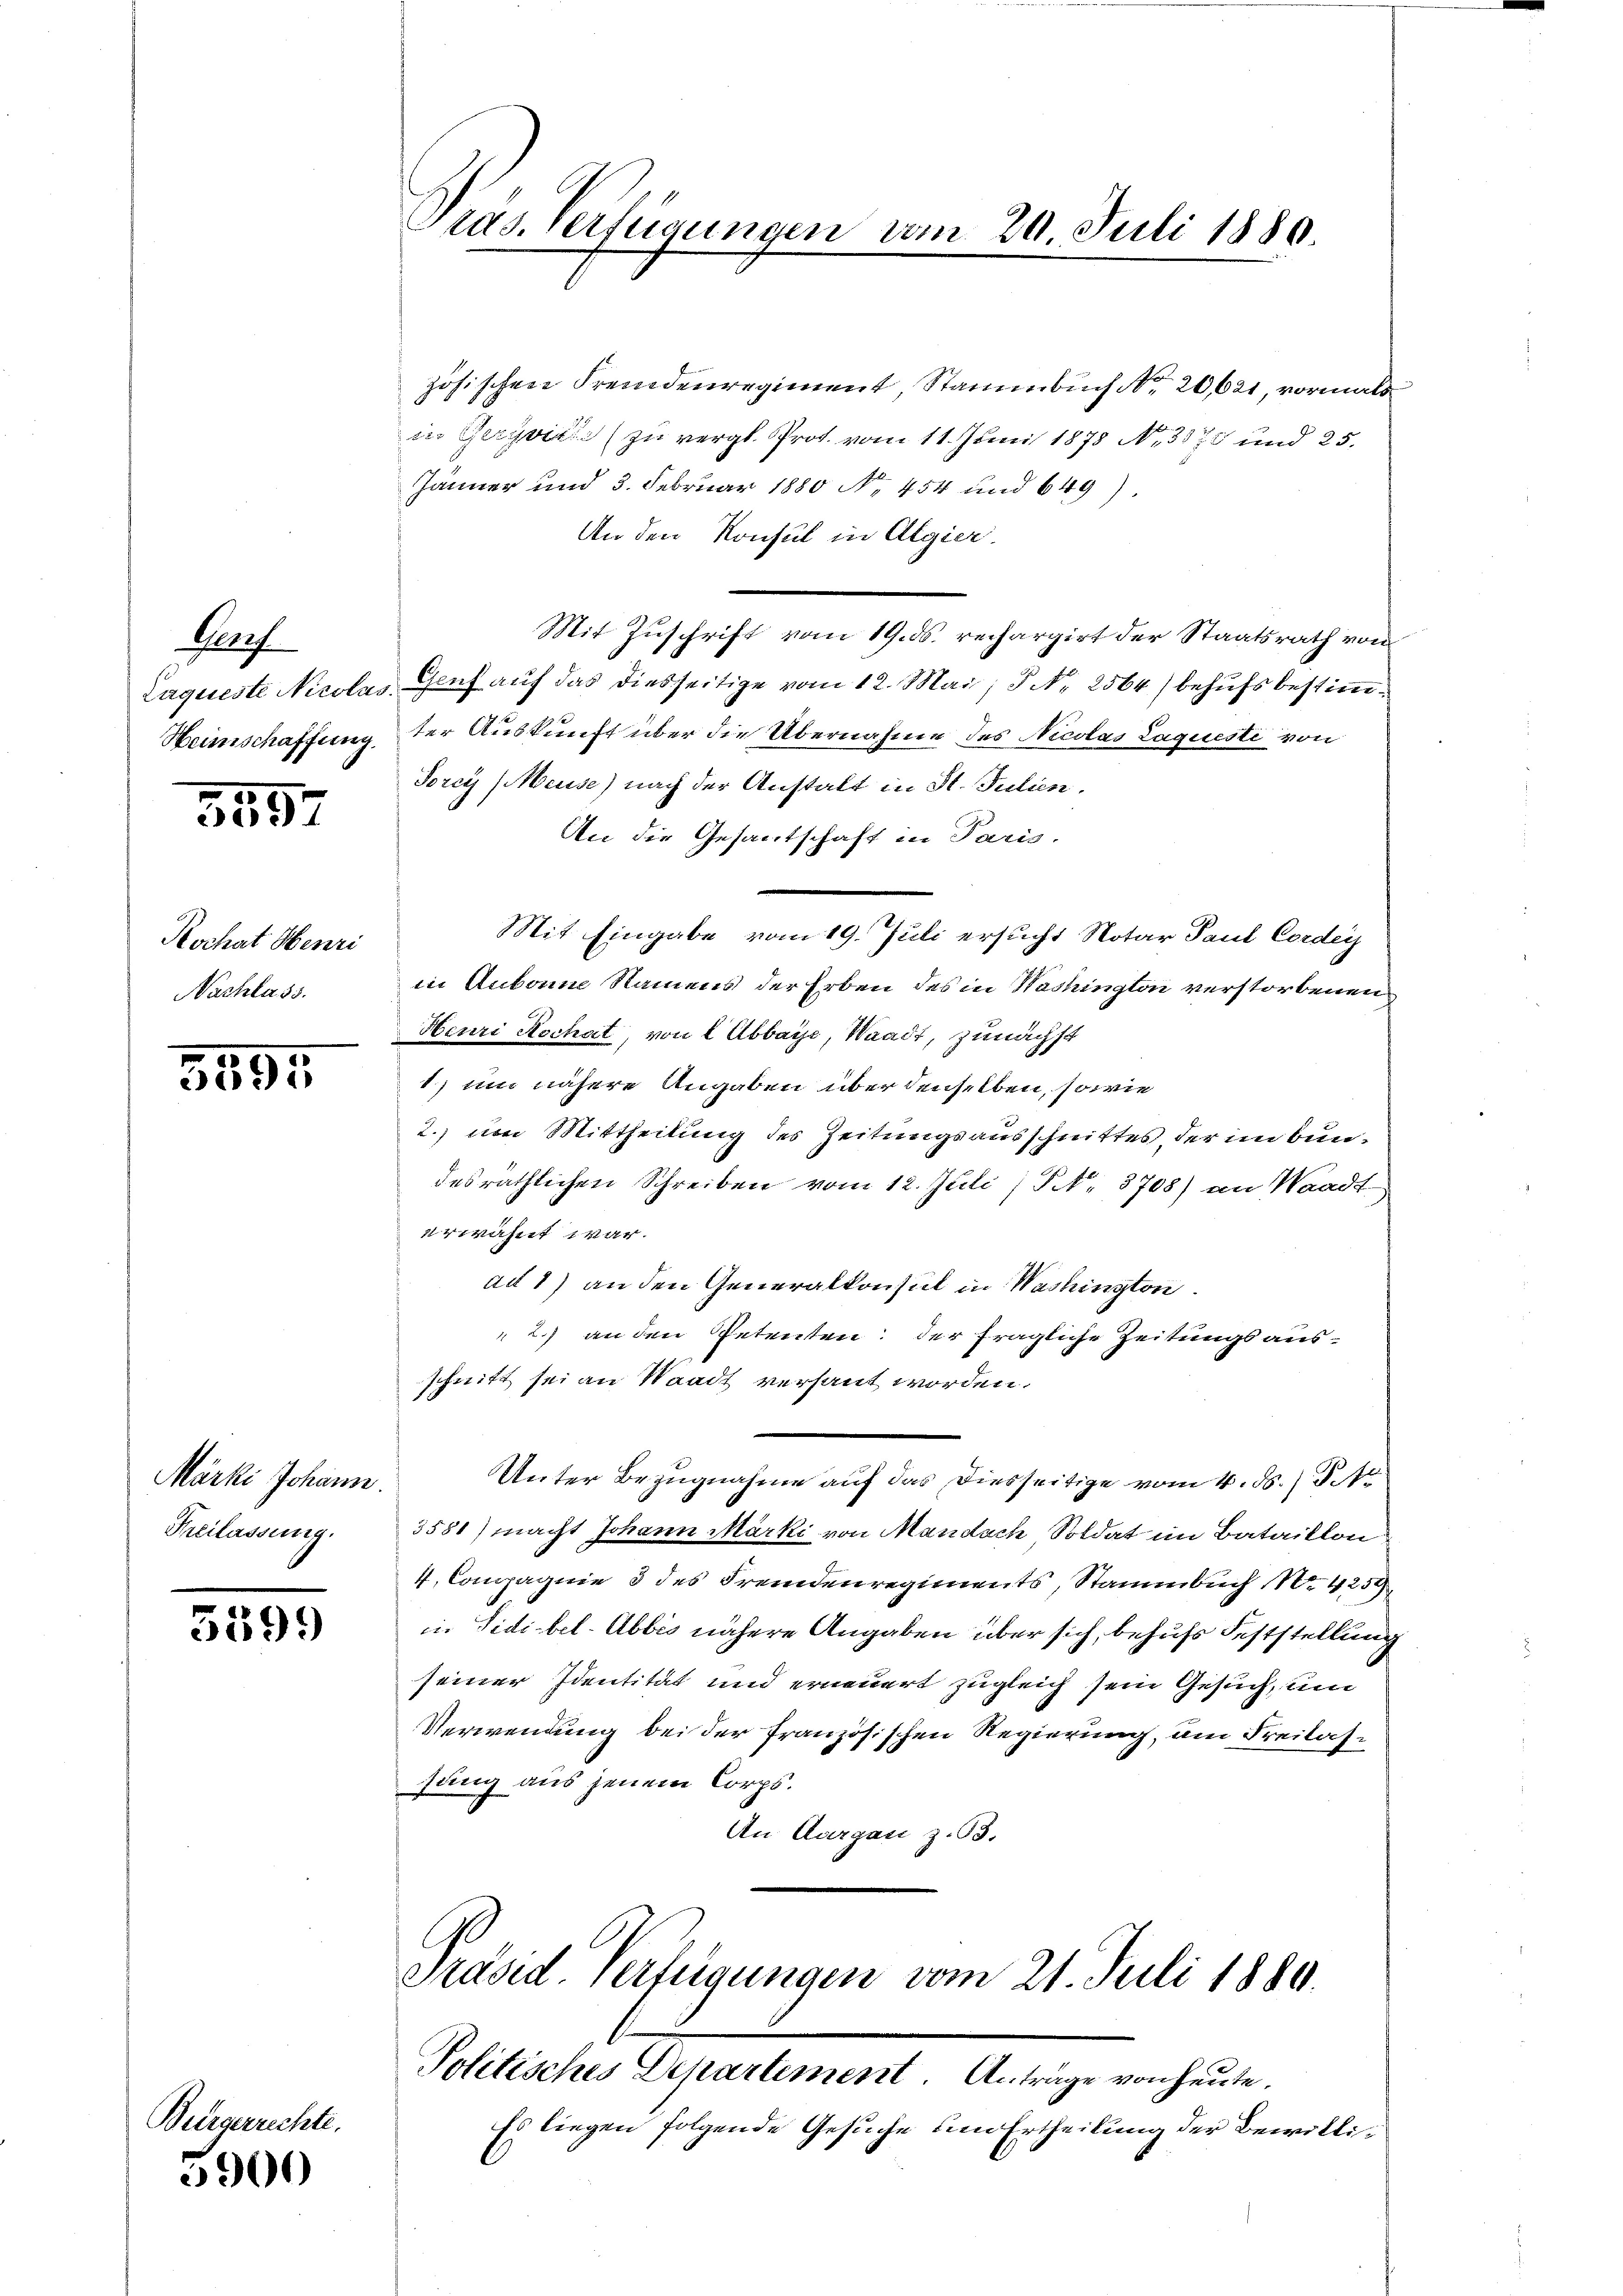
Gauf

3557

Kochat Henri
Nachlass.

3595

Märki Johann.
Freilassung.

539.

Bürgerrechte.
5900

zösischen Fremdenregiment, Stammbuch No 20,621, vormals
in Gerviel (zu vergl. Prot. vom 11. Juni 1875 No 387 und 25.
Jänner und 3. Februar 1880 No. 454 und 649).
An den Konsul in Algier.
Mit Zuschrift vom 19. ds. rechargirt der Staatsrath vom
Laqueste Nicolas Genf auf das diesseitige vom 12. Mai, P. Nr. 2564) behufs bestim¬
Heimschaffung der Auskunft über die Übernahme des Nicolas Laquesti von
Torey (Meuse) nach der Anstalt in St. Julien.
An die Gesantschaft in Paris.
Mit Eingabe vom 19. Juli ersucht Notar Paul Corder
in Aubonne Namens der Erben des in Washington verstorbenen
Heuri Hochat, von l Abbaye, Waadt, zunächst
1) um nähere Angaben über denselben, so wie
2. um Mittheilung des Zeitungsausschnittes, der im bun-
desräthlichen Schreiben vom 12. Juli (Frk. 3708) an Waadt
erwähnt war.
ad 1) an den Generalkonsul in Washington.
 2.) an den Petenten: der fragliche Zeitungs ausschnitt sei an Waadt versaut worden.
Unter Bezugnahme auf das Diesseitige vom 4. ds. P
3581) macht Johann Märki von Mandach Soldat im Bataillon
4. Compagnie 3 des Fremdenregiments, Stammbuch No. 4259
in Tidibel-Abbes nähere Angaben über sich, behufs Feststellung
seiner Identität und erneuert zugleich sein Gesuch, um
Verwendung bei der französischen Regierung, um Freilassung aus jenem Corps.
An Aargau z.63.
Präsid. Verfügungen vom 21. Juli 1880.
Politisches Departement. Anträge von heute.
Es liegen folgende Gesuche um Ertheilung der Bewilli¬

Präs. Verfügungen vom 20. Juli 1880.